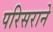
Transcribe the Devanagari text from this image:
परिसराने